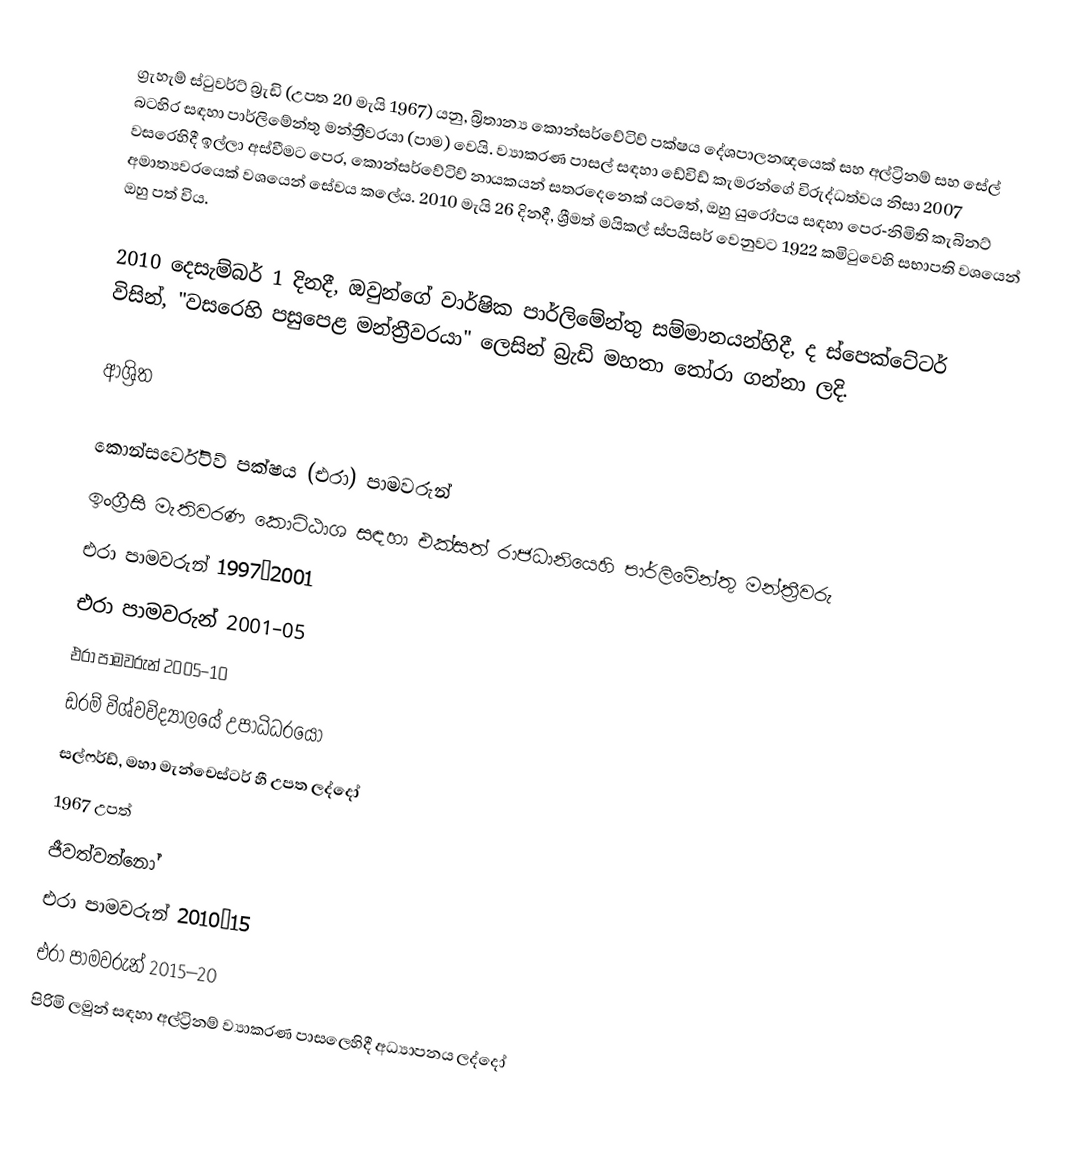
ග්‍රැහැම් ස්ටුවර්ට් බ්‍රැඩි (උපත 20 මැයි 1967) යනු,  බ්‍රිතාන්‍ය  කොන්සර්වේටිව් පක්ෂය දේශපාලනඥයෙක් සහ  අල්ට්‍රිනම් සහ සේල් බටහිර සඳහා පාර්ලිමේන්තු මන්ත්‍රීවරයා (පාම) වෙයි. ව්‍යාකරණ පාසල් සඳහා ඩේවිඩ් කැමරන්ගේ විරුද්ධත්වය නිසා 2007 වසරෙහිදී ඉල්ලා අස්වීමට පෙර, කොන්සර්වේටිව් නායකයන් සතරදෙනෙක් යටතේ,  ඔහු   යුරෝපය සඳහා පෙර-නිමිති කැබිනට් අමාත්‍යවරයෙක් වශයෙන් සේවය කලේය. 2010 මැයි 26 දිනදී, ශ්‍රීමත් මයිකල් ස්පයිසර් වෙනුවට  1922 කමිටුවෙහි සභාපති වශයෙන් ඔහු පත් විය.

2010 දෙසැම්බර් 1 දිනදී, ඔවුන්ගේ වාර්ෂික පාර්ලිමේන්තු සම්මානයන්හිදී,   ද ස්පෙක්ටේටර් විසින්,  "වසරෙහි පසුපෙළ මන්ත්‍රීවරයා" ලෙසින් බ්‍රැඩි මහතා තෝරා ගන්නා ලදි.

ආශ්‍රිත

කොන්සර්වේටිව් පක්ෂය (එරා) පාමවරුන්
ඉංග්‍රීසි මැතිවරණ කොට්ඨාශ සඳහා එක්සත් රාජධානියෙහි පාර්ලිමේන්තු මන්ත්‍රීවරු
එරා පාමවරුන් 1997–2001
එරා පාමවරුන් 2001–05
එරා පාමවරුන් 2005–10
 ඩරම් විශ්වවිද්‍යාලයේ උපාධිධරයෝ
 සල්ෆර්ඩ්, මහා මැන්චෙස්ටර් හී උපත ලද්දෝ
1967 උපත්
ජීවත්වන්නෝ
එරා පාමවරුන් 2010–15
එරා පාමවරුන් 2015–20
පිරිමි ලමුන් සඳහා අල්ට්‍රිනම් ව්‍යාකරණ පාසලෙහිදී අධ්‍යාපනය ලද්දෝ